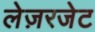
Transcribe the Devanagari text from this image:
लेज़रजेट